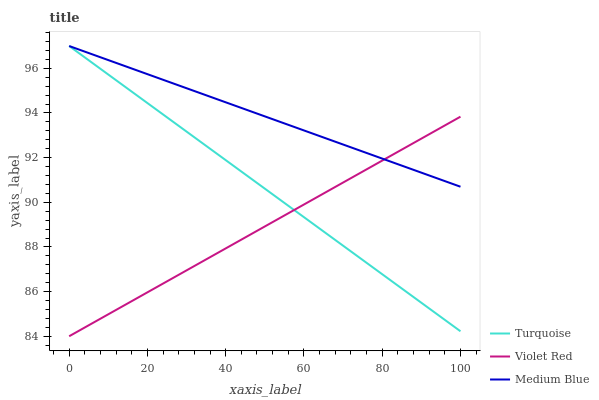
| xaxis_label | Turquoise | Violet Red | Medium Blue |
 | --- | --- | --- | --- |
 | 0 | 97 | 84 | 97 |
 | 5.56 | 96.3 | 84.5 | 96.6 |
 | 11.1 | 95.6 | 85.1 | 96.3 |
 | 16.7 | 94.9 | 85.6 | 95.9 |
 | 22.2 | 94.2 | 86.2 | 95.6 |
 | 27.8 | 93.5 | 86.7 | 95.2 |
 | 33.3 | 92.7 | 87.3 | 94.9 |
 | 38.9 | 92 | 87.8 | 94.5 |
 | 44.4 | 91.3 | 88.4 | 94.2 |
 | 50 | 90.6 | 88.9 | 93.8 |
 | 55.6 | 89.9 | 89.5 | 93.5 |
 | 61.1 | 89.2 | 90 | 93.1 |
 | 66.7 | 88.5 | 90.6 | 92.8 |
 | 72.2 | 87.8 | 91.1 | 92.4 |
 | 77.8 | 87.1 | 91.6 | 92.1 |
 | 83.3 | 86.4 | 92.2 | 91.7 |
 | 88.9 | 85.6 | 92.7 | 91.4 |
 | 94.4 | 84.9 | 93.3 | 91 |
 | 100 | 84.2 | 93.8 | 90.7 |